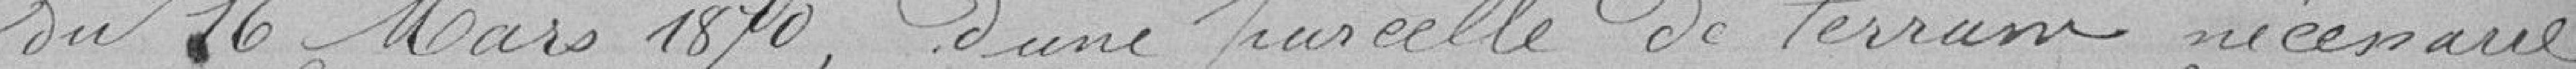
du 16 Mars 1870, d'une parcelle de terrain nécessaire